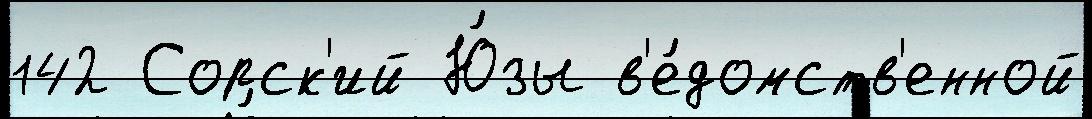
142 Сорск'ий Ю́зы в'е́домств'енной